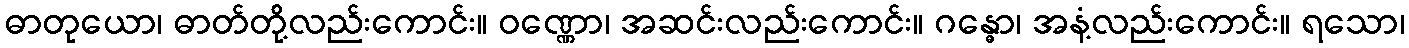
ဓာတုယော၊ ဓာတ်တို့လည်းကောင်း။ ဝဏ္ဏော၊ အဆင်းလည်းကောင်း။ ဂန္ဓော၊ အနံ့လည်းကောင်း။ ရသော၊